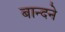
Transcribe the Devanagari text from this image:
बान्दने